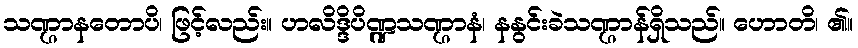
သဏ္ဌာနတောပိ၊ ဖြင့်လည်း။ ဟလိဒ္ဒိပိဏ္ဍသဏ္ဌာနံ၊ နနွင်းခဲသဏ္ဌာန်ရှိသည်။ ဟောတိ၊ ၏။